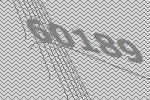
60189